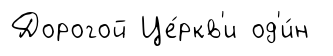
Дорогой Це́ркв'и од'и́н